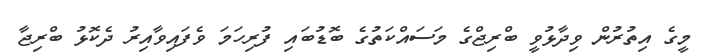
މީގެ އިތުރުން ވިދާޅުވީ ބްރިޖްގެ މަސައްކަތުގެ ބޮޑުބައި ފުރިހަމަ ވެފައިވާއިރު ދެކޮޅު ބްރިޖާ